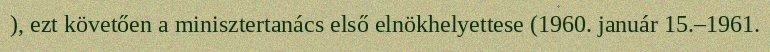
), ezt követően a minisztertanács első elnökhelyettese (1960. január 15.–1961.